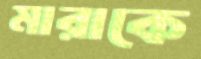
মারাকে